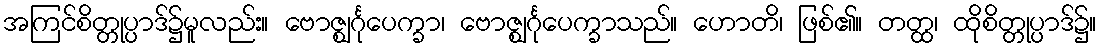
အကြင်စိတ္တုပ္ပာဒ်၌မူလည်း။ ဗောဇ္ဈင်္ဂုပေက္ခာ၊ ဗောဇ္ဈင်္ဂုပေက္ခာသည်။ ဟောတိ၊ ဖြစ်၏။ တတ္ထ၊ ထိုစိတ္တုပ္ပာဒ်၌။